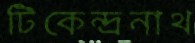
টিকেন্দ্রনাথ